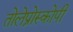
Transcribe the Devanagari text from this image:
तोलेप्रोस्कोपी